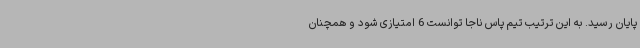
پایان رسید. به این ترتیب تیم پاس ناجا توانست 6 امتیازی شود و همچنان